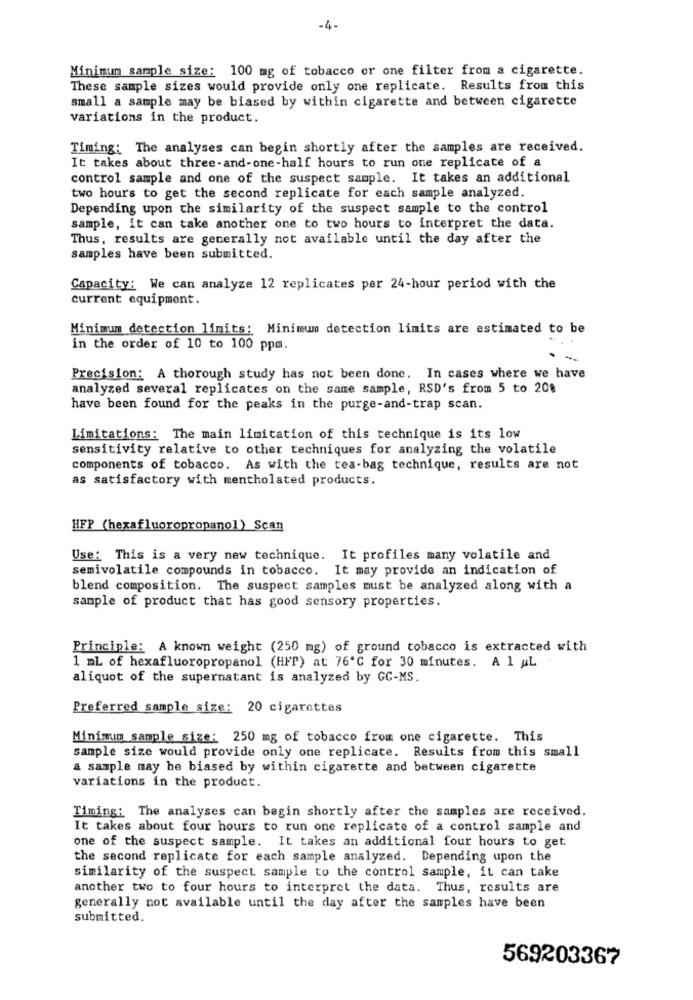
-4-
Minimum sample size: 100 mg of tobacco or one filter from a cigarette.
These sample sizes would provide only one replicate. Results from this
small a sample may be biased by within cigarette and between cigarette
variations in the product.
Timing: The analyses can begin shortly after the samples are received.
It takes about three-and-one-half hours to run one replicate of a
control sample and one of the suspect sample. It takes an additional
two hours to get the second replicate for each sample analyzed.
Depending upon the similarity of the suspect sample to the control
sample, it can take another one to two hours to interpret the data.
Thus, results are generally not available until the day after the
samples have been submitted.
Capacity: We can analyze 12 replicates per 24-hour period with the
current equipment.
Minimum detection limits: Minimum detection limits are estimated to be
in the order of 10 to 100 ppm.
Precision: A thorough study has not been done. In cases where we have
analyzed several replicates on the same sample, RSD's from 5 to 20$
have been found for the peaks in the purge-and-trap scan.
Limitations: The main limitation of this technique is its low
sensitivity relative to other techniques for analyzing the volatile
components of tobacco. As with the tea-bag technique, results are not
as satisfactory with mentholated products.
HFP (hexafluoropropano]) Scan
Use: This is a very new technique. It profiles many volatile and
semivolatile compounds in tobacco. It may provide an indication of
blend composition. The suspect samples must be analyzed along with a
sample of product that has good sensory properties.
Principle: A known weight (250 mg) of ground tobacco is extracted with
1 ml of hexafluoropropanol (HFP) at 76'℃ for 30 minutes. A l &L
aliquot of the supernatant is analyzed by GC-MS.
Preferred sample size: 20 cigarettes
Minimum sample size: 250 mg of tobacco from one cigarette. This
sample size would provide only one replicate. Results from this small
a sample may be biased by within cigarette and between cigarette
variations in the product.
Timing: The analyses can begin shortly after the samples are received.
It takes about four hours to run one replicate of a control sample and
one of the suspect sample. It takes an additional four hours to get
the second replicate for each sample analyzed. Depending upon the
similarity of the suspect sample to the control sample, it can take
another two to four hours to interpret the data. Thus, results are
generally not available until the day after the samples have been
submitted.
569203367